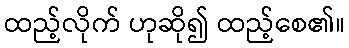
ထည့်လိုက် ဟုဆို၍ ထည့်စေ၏။